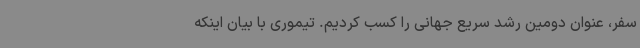
سفر، عنوان دومین رشد سریع جهانی را کسب کردیم. تیموری با بیان اینکه